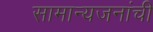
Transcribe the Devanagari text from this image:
सामान्यजनांची